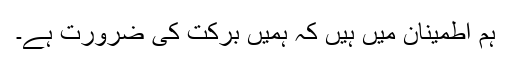
ہم اطمینان میں ہیں کہ ہمیں برکت کی ضرورت ہے۔